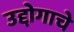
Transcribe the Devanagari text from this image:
उद्दोगाचे